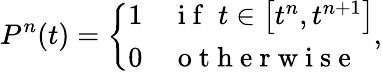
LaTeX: P^{n}(t)=\left\{ \begin{array}{ll}{1}&{\mathrm{~i~f~}\; t\in\left[t^{n},t^{n+1}\right]}\\ {0}&{\mathrm{~o~t~h~e~r~w~i~s~e~}}\end{array}\right.,